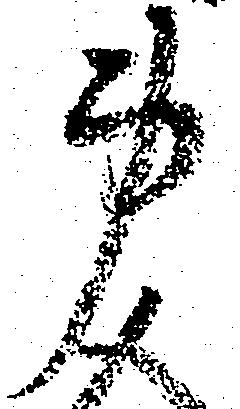
身